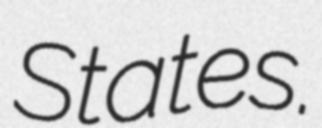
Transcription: States.